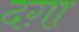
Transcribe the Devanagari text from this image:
दग़ा